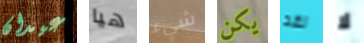
عيدان هيا شيء يكن لقد لا